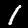
Digit: 1